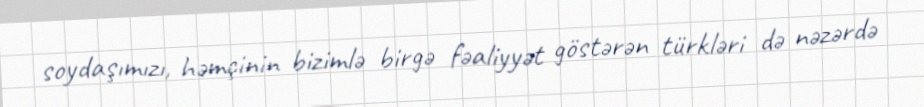
soydaşımızı, həmçinin bizimlə birgə fəaliyyət göstərən türkləri də nəzərdə